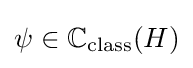
\psi \in \mathbb {C} _{\text{class}}(H)